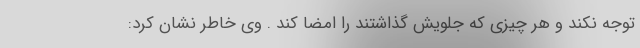
توجه نکند و هر چیزی که جلویش گذاشتند را امضا کند . وی خاطر نشان کرد: